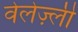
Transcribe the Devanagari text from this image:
वेलेज़्ली